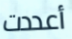
أعددت